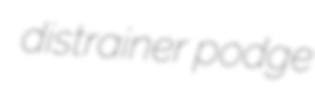
distrainer podge